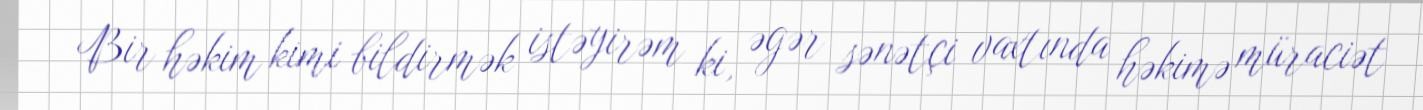
Bir həkim kimi bildirmək istəyirəm ki, əgər sənətçi vaxtında həkimə müraciət